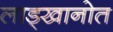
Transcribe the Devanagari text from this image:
लाड्खानोत